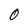
Character: 0